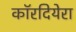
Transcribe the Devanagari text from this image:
कॉरदियेरा